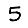
Digit: 5